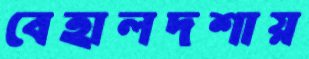
বেহালদশায়